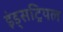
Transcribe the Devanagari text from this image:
इंड्सट्रियल